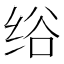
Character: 绤